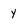
Character: y